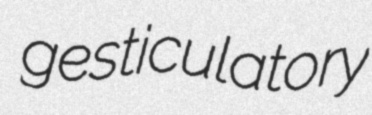
gesticulatory